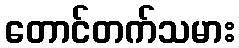
တောင်တက်သမား